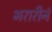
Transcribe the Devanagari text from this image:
भरारीनं